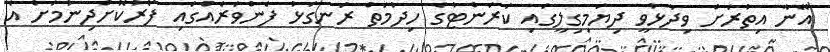
އޭނާ އިތުރަށް ވިދާޅުވީ ދިޔަމިގިލީގައި ކަރަންޓުގެ ހިދުމަތް ރަނގަޅު ފެންވަރެއްގައި ފޯރުކޮށްދިނުމަށް އެ